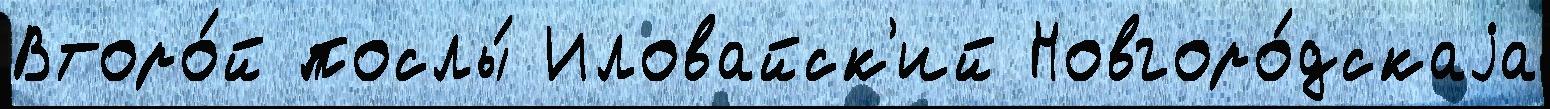
Второ́й послы́ Иловайск'ий Новгоро́дскаjа